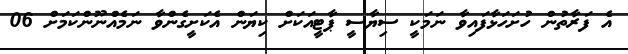
އެ ފަރާތުން ހުށަހަޅާފައިވާ ނަމަކީ ސިޔާސީ ޕާޓީއަކަށް ކިޔަން އެކަށީގެންވާ ނަމެއްނޫންކަމަށް 06